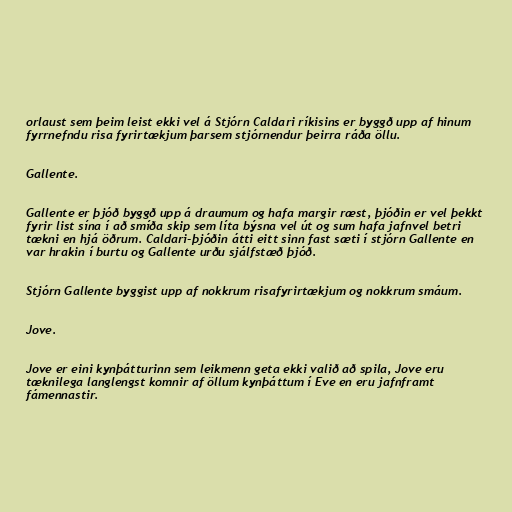
orlaust sem þeim leist ekki vel á Stjórn Caldari ríkisins er byggð upp af hinum
fyrrnefndu risa fyrirtækjum þarsem stjórnendur þeirra ráða öllu.

Gallente.

Gallente er þjóð byggð upp á draumum og hafa margir ræst, þjóðin er vel þekkt
fyrir list sína í að smíða skip sem líta býsna vel út og sum hafa jafnvel betri
tækni en hjá öðrum. Caldari-þjóðin átti eitt sinn fast sæti í stjórn Gallente en
var hrakin í burtu og Gallente urðu sjálfstæð þjóð.

Stjórn Gallente byggist upp af nokkrum risafyrirtækjum og nokkrum smáum.

Jove.

Jove er eini kynþátturinn sem leikmenn geta ekki valið að spila, Jove eru
tæknilega langlengst komnir af öllum kynþáttum í Eve en eru jafnframt
fámennastir.